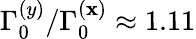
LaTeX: \Gamma_{0}^{(y)}/\Gamma_{0}^{(\mathbf{x})}\approx1.11